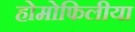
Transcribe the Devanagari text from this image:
होमोफिलीया